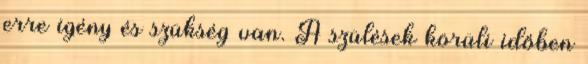
erre igény és szükség van. A szülések körüli időben